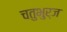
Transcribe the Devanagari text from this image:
चतुभुर्ज